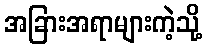
အခြားအရာများကဲ့သို့